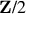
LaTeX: \mathbf { Z } / 2